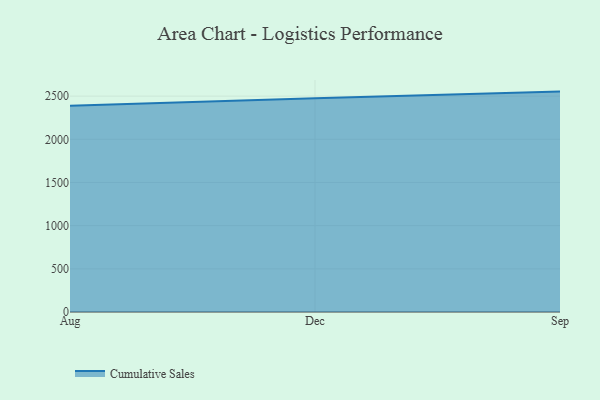
{"axis": {"x": "Month", "y": "Waste Production (Tons)"}, "legend": ["Cumulative Sales"], "data": [{"x": "Aug", "y": 2388.5, "type": "Cumulative Sales"}, {"x": "Dec", "y": 2477.0, "type": "Cumulative Sales"}, {"x": "Sep", "y": 2552.6, "type": "Cumulative Sales"}]}